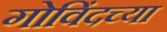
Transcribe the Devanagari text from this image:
गोविंदच्या